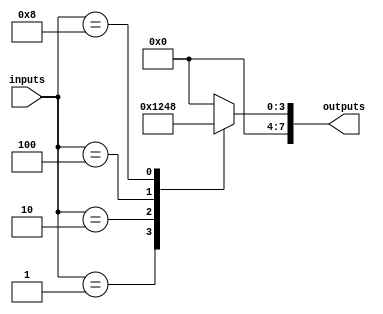
module priority_encoder_decoder (
    input [7:0] inputs,
    output reg [7:0] outputs
);

always @* begin
    case(inputs)
        8'b00000001: outputs = 8'b00000001; // Priority encoder decode input 1
        8'b00000010: outputs = 8'b00000010; // Priority encoder decode input 2
        8'b00000100: outputs = 8'b00000100; // Priority encoder decode input 3
        8'b00001000: outputs = 8'b00001000; // Priority encoder decode input 4
        // Add more cases for additional input signals with higher priority
        default: outputs = 8'b00000000; // Default output if no priority input detected
    endcase
end

endmodule